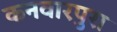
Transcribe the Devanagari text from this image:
कनवारपुरा